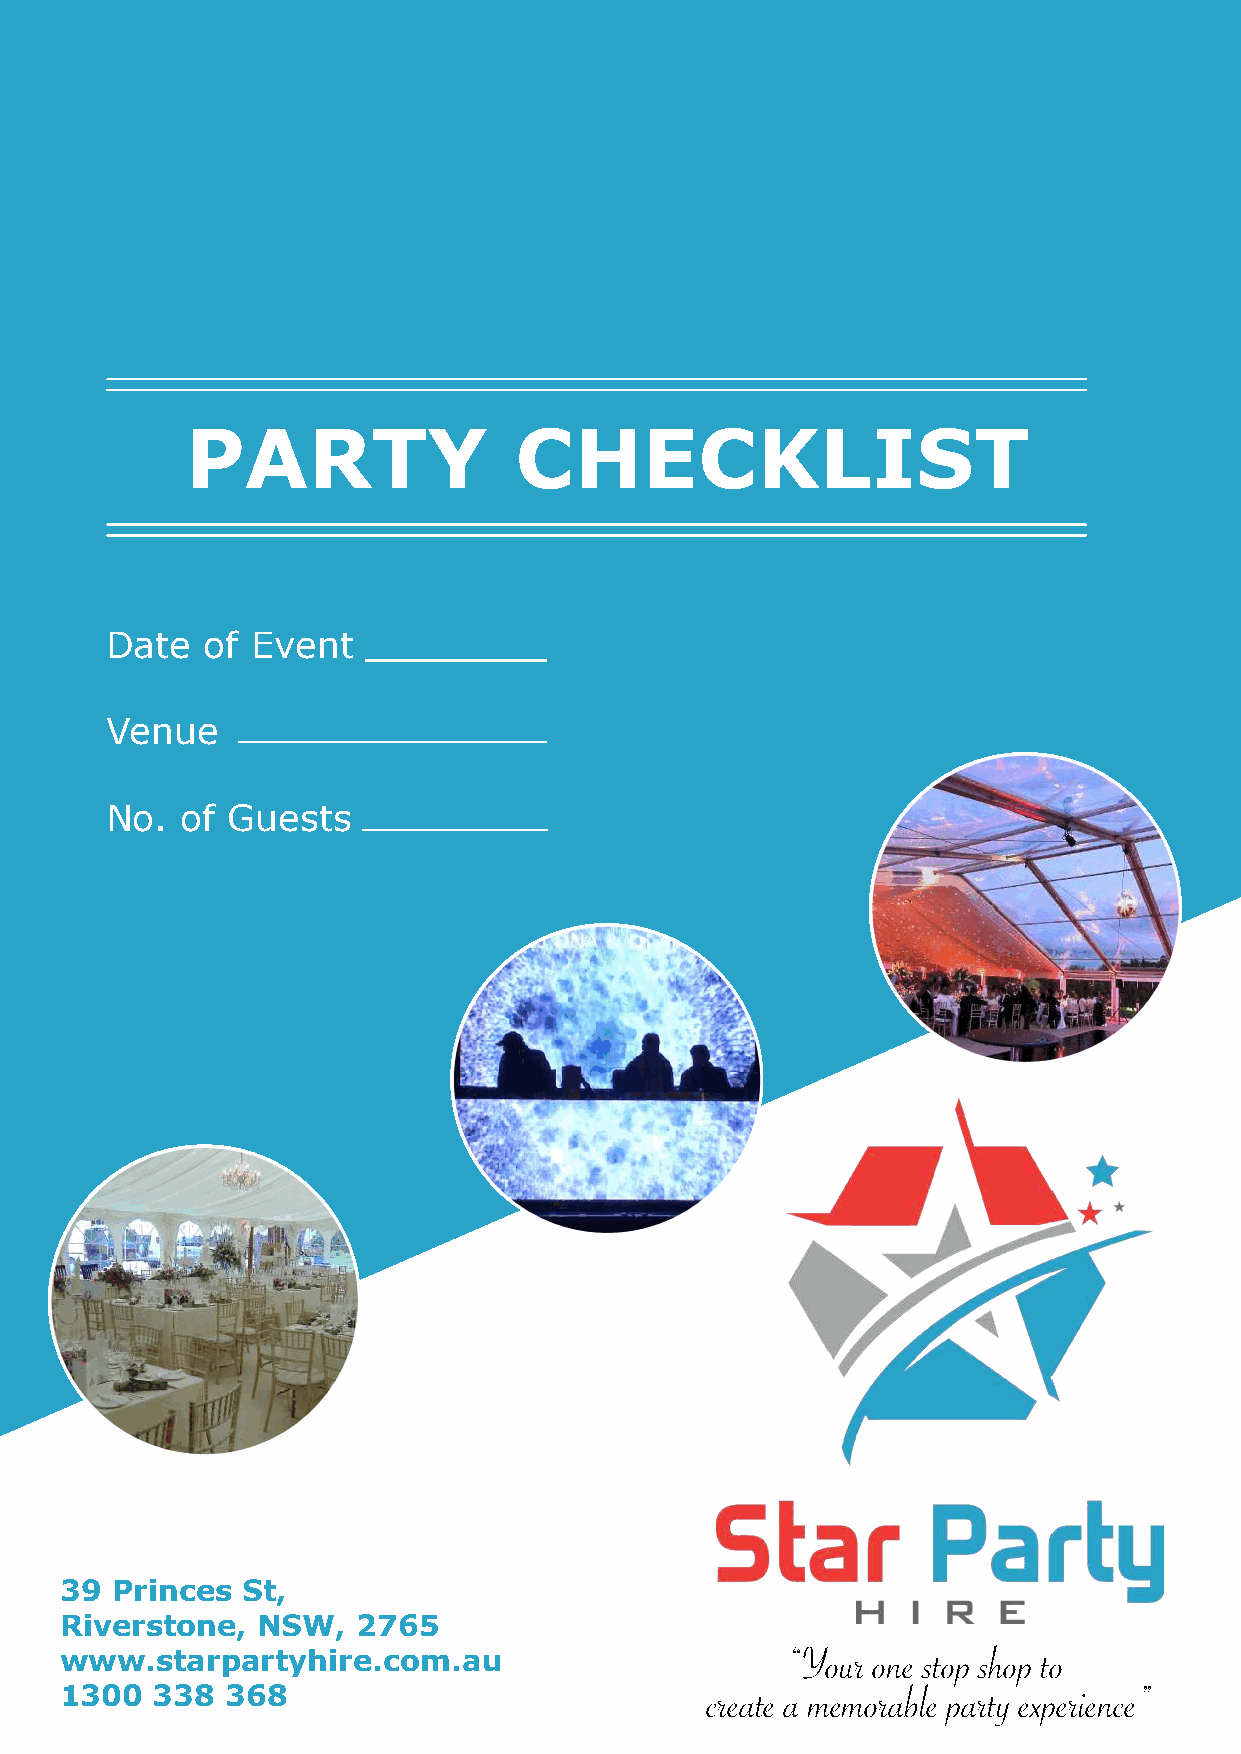
PARTY                 CHECKLIST
 Date   of Event
 Venue
 No.  of Guests
 39 Princes  St,
 Riverstone,  NSW,   2765
 “Your one stop shop to
 www.starpartyhire.com.au
 1300  338  368                             create a memorable party experience”